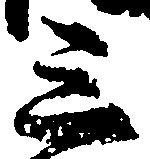
三